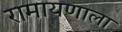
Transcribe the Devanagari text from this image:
रामायणाला